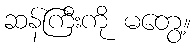
ဆန်ကြီးကို မတွေ့။